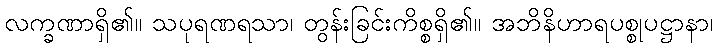
လက္ခဏာရှိ၏။ သပုရဏရသာ၊ တွန်းခြင်းကိစ္စရှိ၏။ အဘိနိဟာရပစ္စုပဋ္ဌာနာ၊